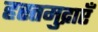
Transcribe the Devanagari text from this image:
हस्तमुद्राएँ